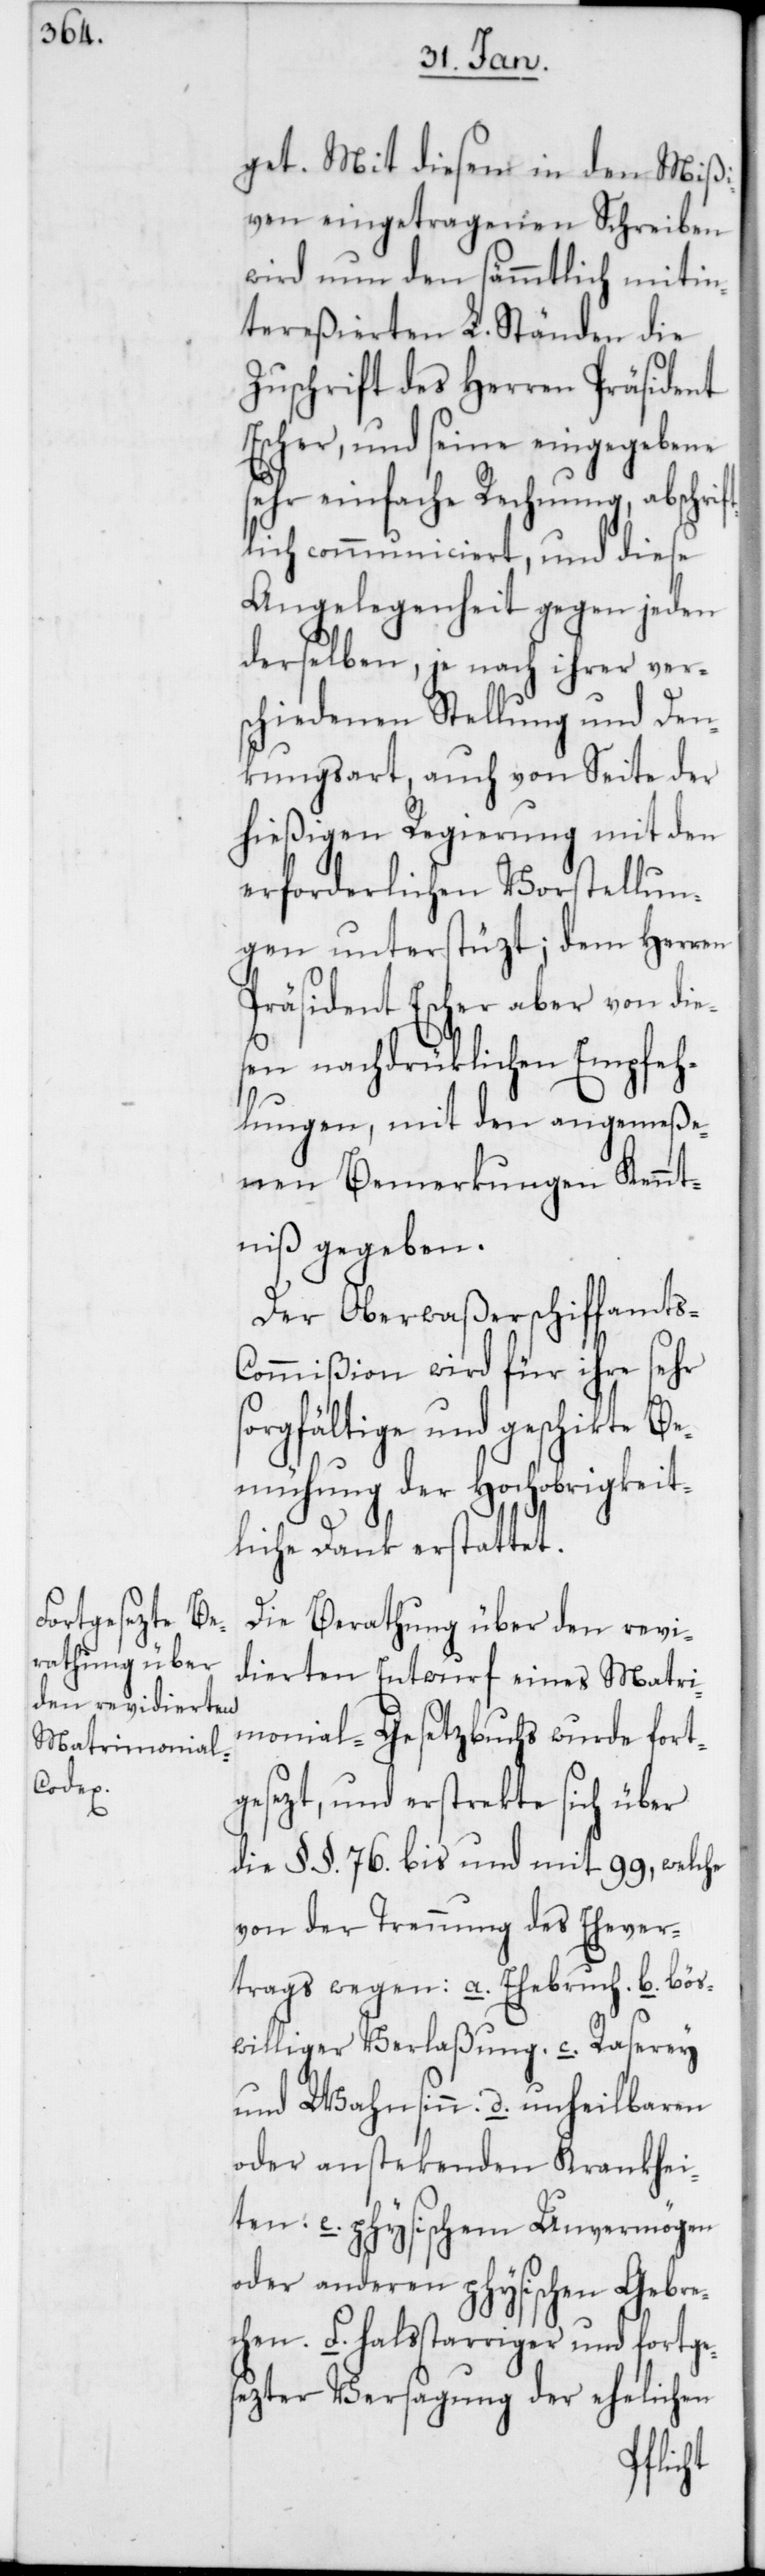
get. Mit diesen in den Mißi¬
ven eingetragenen Schreiben
wird nun den sämmtlichen mitin¬
tereßierten L. Ständen die
Zuschrift des Herren Präsident
Escher, und seine eingegebene
sehr einfache Rechnung, abschr¬
lich communiciert, und diese
Angelegenheit gegen jeden
derselben, je nach ihrer vers¬
chiedenen Stellung und Den¬
kungsart, auch von Seite der
hießigen Regierung mit den
erforderlichen Vorstellun¬
gen unterstüzt; dem Herren
Präsident Escher aber von die¬
sen nachdrüklichen Empfeh¬
lungen, mit den angemeße¬
nen Bemerkungen Kennt¬
niß gegeben.
Der Oberwaßerschiffamts-C¬
ommißion wird für ihre sehr
sorgfältige und geschikte Be¬
mühung der Hochobrigkeit¬
liche Dank erstattet.
Die Berathung über den revi¬
dierten Entwurf eines Matri¬
monial-Gesetzbuchs wurde fort¬
gesezt, und erstrekte sich über
die § §. 76. bis und mit 99, welche
von der Trennung des Ehever¬
trags wegen: a. Ehebruch. b. bös¬
williger Verlaßung. c. Raserey
und Wahnsinn. d. unheilbaren
oder anstekenden Krankhei¬
ten. e. physischem Unvermögen
oder anderen physischen Gebre¬
chen. f. halstarriger und fortge¬
sezter Versagung der ehelichen
ift¬